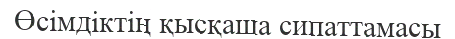
Өсімдіктің қысқаша сипаттамасы